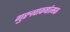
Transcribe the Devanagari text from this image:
गुरुत्वाकर्षात्मक